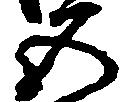
五